Indian journal of veterinary science and animal husbandry - Volumes 15-17, 1948-1951
Year: 1948
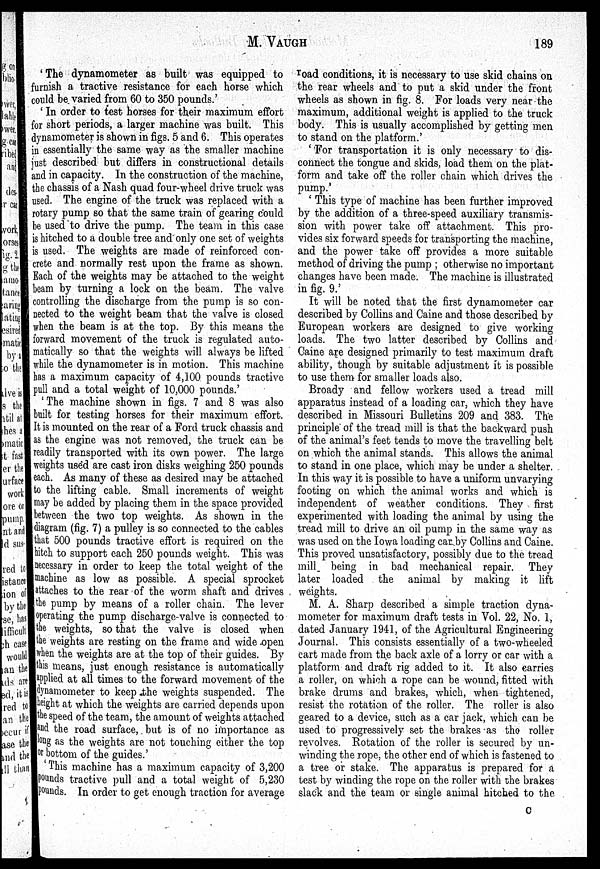
M.
VAUGH
189
'The dynamometer as built was equipped to
furnish a tractive resistance for each horse which
could be varied from 60 to 350 pounds.'
'In order to test horses for their maximum effort
for short periods, a larger machine was built. This
dynamometer is shown in figs. 5 and 6. This operates
in essentially the same way as the smaller machine
just described but differs in constructional details
and in capacity. In the construction of the machine,
the chassis of a Nash quad four-wheel drive truck was
used. The engine of the truck was replaced with a
rotary pump so that the same train of gearing could
be used to drive the pump. The team in this case
is hitched to a double tree and only one set of weights
is used. The weights are made of reinforced con-
crete and normally rest upon the frame as shown.
Each of the weights may be attached to the weight
beam by turning a lock on the beam. The valve
controlling the discharge from the pump is so con-
nected to the weight beam that the valve is closed
when the beam is at the top. By this means the
forward movement of the truck is regulated auto-
matically so that the weights will always be lifted
while the dynamometer is in motion. This machine
has a maximum capacity of 4,100 pounds tractive
pull and a total weight of 10,000 pounds.'
'The machine shown in figs. 7 and 8 was also
built for testing horses for their maximum effort.
It is mounted on the rear of a Ford truck chassis and
as the engine was not removed, the truck can be
readily transported with its own power. The large
weights used are cast iron disks weighing 250 pounds
each. As many of these as desired may be attached
to the lifting cable. Small increments of weight
may be added by placing them in the space provided
between the two top weights. As shown in the
diagram (fig. 7) a pulley is so connected to the cables
that 500 pounds tractive effort is required on the
hitch to support each 250 pounds weight. This was
necessary in order to keep the total weight of the
machine as low as possible. A special sprocket
attaches to the rear of the worm shaft and drives
the pump by means of a roller chain. The lever
operating the pump discharge-valve is connected to
the weights, so that the valve is closed when
the weights are resting on the frame and wide -open
when the weights are at the top of their guides. By
this means, just enough resistance is automatically
applied at all times to the forward movement of the
dynamometer to keep the weights suspended. The
height at which the weights are carried depends upon
the speed of the team, the amount of weights attached
and the road surface, but is of no importance as
long as the weights are not touching either the top
or bottom of the guides.'
This machine has a maximum capacity of 3,200
pounds tractive pull and a total weight of 5,230
pounds. In order to get enough traction for average
road conditions, it is necessary to use skid chains on
the rear wheels and to put a skid under the front
wheels as shown in fig. 8. For loads very near the
maximum, additional weight is applied to the truck
body. This is usually accomplished by getting men
to stand on the platform.'
'For transportation it is only necessary to dis-
connect the tongue and skids, load them on the plat-
form and take off the roller chain which drives the
pump.'
'This type of machine has been further improved
by the addition of a three-speed auxiliary transmis-
sion with power take off attachment. This pro-
vides six forward speeds for transporting the machine,
and the power take off provides a more suitable
method of driving the pump; otherwise no important
changes have been made. The machine is illustrated
in fig. 9.'
It will be noted that the first dynamometer car
described by Collins and Caine and those described by
European workers are designed to give working
loads. The two latter described by Collins and
Caine are designed primarily to test maximum draft
ability, though by suitable adjustment it is possible
to use them for smaller loads also.
Broady and fellow workers used a tread mill
apparatus instead of a loading car, which they have
described in Missouri Bulletins 209 and 383. The
principle of the tread mill is that the backward push
of the animal's feet tends to move the travelling belt
on which the animal stands. This allows the animal
to stand in one place, which may be under a shelter.
In this way it is possible to have a uniform unvarying
footing on which the animal works and which is
independent of weather conditions. They first
experimented with loading the animal by using the
tread mill to drive an oil pump in the same way as
was used on the Iowa loading car by Collins and Caine.
This proved unsatisfactory, possibly due to the tread
mill being in bad mechanical repair. They
later loaded the animal by making it lift
weights.
M. A. Sharp described a simple traction dyna-
mometer for maximum draft tests in Vol. 22, No. 1,
dated January 1941, of the Agricultural Engineering
Journal. This consists essentially of a two-wheeled
cart made from the back axle of a lorry or car with a
platform and draft rig added to it. It also carries
a roller, on which a rope can be wound, fitted with
brake drums and brakes, which, when tightened,
resist the rotation of the roller. The roller is also
geared to a device, such as a car jack, which can be
used to progressively set the brakes as the roller
revolves. Rotation of the roller is secured by un-
winding the rope, the other end of which is fastened to
a tree or stake. The apparatus is prepared for a
test by winding the rope on the roller with the brakes
slack and the team or single animal hitched to the
C